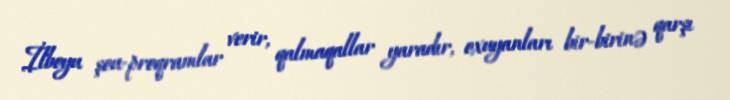
İlboyu şou-proqramlar verir, qalmaqallar yaradır, oxuyanları bir-birinə qarşı